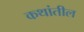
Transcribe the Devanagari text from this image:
कथांतील